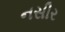
નસીર